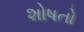
શોષતો